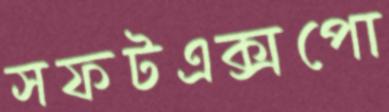
সফটএক্সপো